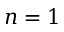
n = 1